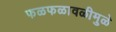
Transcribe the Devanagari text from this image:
फळफळावळीमुळे